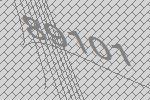
89101